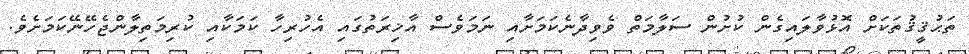
ތަޙުޤީޤުތަކަށް އޮޅުވާލައިގެން ކުށުން ސަލާމަތް ވެވިދާނެކަމަށާއި ނަމަވެސް އާޚިރަތުގައި އެހުރިހާ ކަމަކާއި ކުރިމަތިލާންޖެހޭނޭކަމަށެވެ.